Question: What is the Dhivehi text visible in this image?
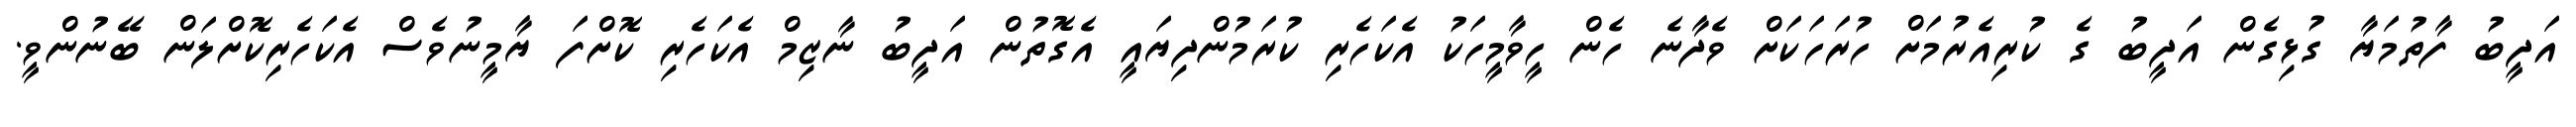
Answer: އަދީބު ފާތުމަޔާ ގުޅިގެން އަދީބު ގެ ކުރިއެރުމަށް ހުރަހަކަށް ވެދާނެ ހެން ހީވާމީހަކު އެކަހެރި ކުރަމުންދިޔައީ އެގޮތުން އަދީބު ނާޒިމް އެކަހެރި ކޮށްފަ ޔާމީނުވެސް އެކަހެރިކޮށްލަން ބޭނުންވީ.